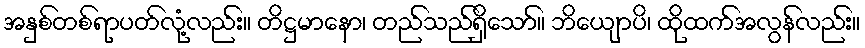
အနှစ်တစ်ရာပတ်လုံ့လည်း။ တိဋ္ဌမာနော၊ တည်သည်ရှိသော်။ ဘိယျောပိ၊ ထိုထက်အလွန်လည်း။